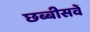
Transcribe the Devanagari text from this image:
छब्बीसवें